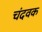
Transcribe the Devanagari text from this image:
चंदवक